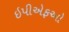
ઇપીએફઓ